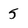
Character: 5